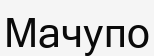
Мачупо